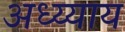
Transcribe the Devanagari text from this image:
अध्य्याय